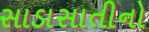
સાડાસાતીનો